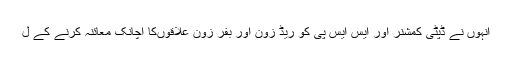
اُنہوں نے ڈپٹی کمشنر اور ایس ایس پی کو ریڈ زون اور بفر زون علاقوںکا اچانک معائنہ کرنے کے ل